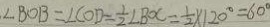
\angle B O B = \angle C O D = \frac { 1 } { 2 } \angle B O C = \frac { 1 } { 2 } \times 1 2 0 ^ { \circ } = 6 0 ^ { \circ }